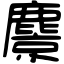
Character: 麖